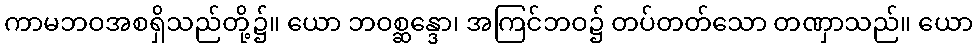
ကာမဘဝအစရှိသည်တို့၌။ ယော ဘဝစ္ဆန္ဒော၊ အကြင်ဘဝ၌ တပ်တတ်သော တဏှာသည်။ ယော